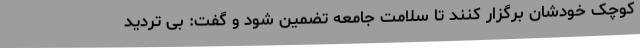
کوچک خودشان برگزار کنند تا سلامت جامعه تضمین شود و گفت: بی تردید